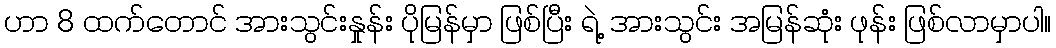
ဟာ 8 ထက်တောင် အားသွင်းနှုန်း ပိုမြန်မှာ ဖြစ်ပြီး ရဲ့ အားသွင်း အမြန်ဆုံး ဖုန်း ဖြစ်လာမှာပါ။